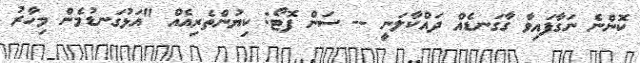
ކޮންނެ ނަގާފައިވާ ގާގަނޑެއް ދައްކާލަނީ -- ސަން ފޮޓޯ: ކިޔުންތެރިއެއް "އަޅުގަނޑުމެން މިހާރު